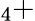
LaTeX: _4+